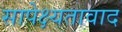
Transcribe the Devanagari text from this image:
सापेक्ष्यतावाद